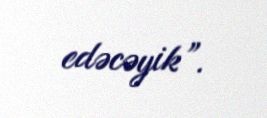
edəcəyik”.